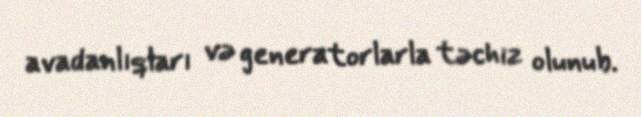
avadanlıqları və generatorlarla təchiz olunub.